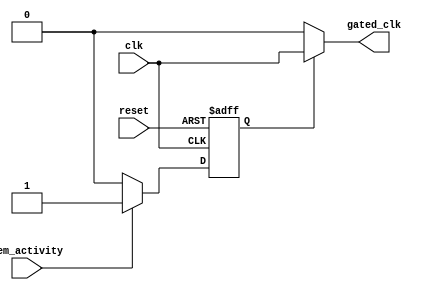
module clock_gating_controller(
    input wire clk,                // Master clock
    input wire reset,              // Asynchronous reset
    input wire mem_activity,       // Signal indicating memory operation (read/write)
    output wire gated_clk          // Gated clock output
);

// Clock gating control logic
reg enable;
always @(posedge clk or posedge reset) begin
    if (reset) begin
        enable <= 1'b1;           // Enable clock on reset
    end else begin
        // Enable the clock if there is activity, else gate the clock
        enable <= mem_activity ? 1'b1 : 1'b0;
    end
end

// Local clock gating logic
assign gated_clk = enable ? clk : 1'b0;

endmodule